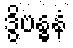
ဒွိဗန္ဓနံ